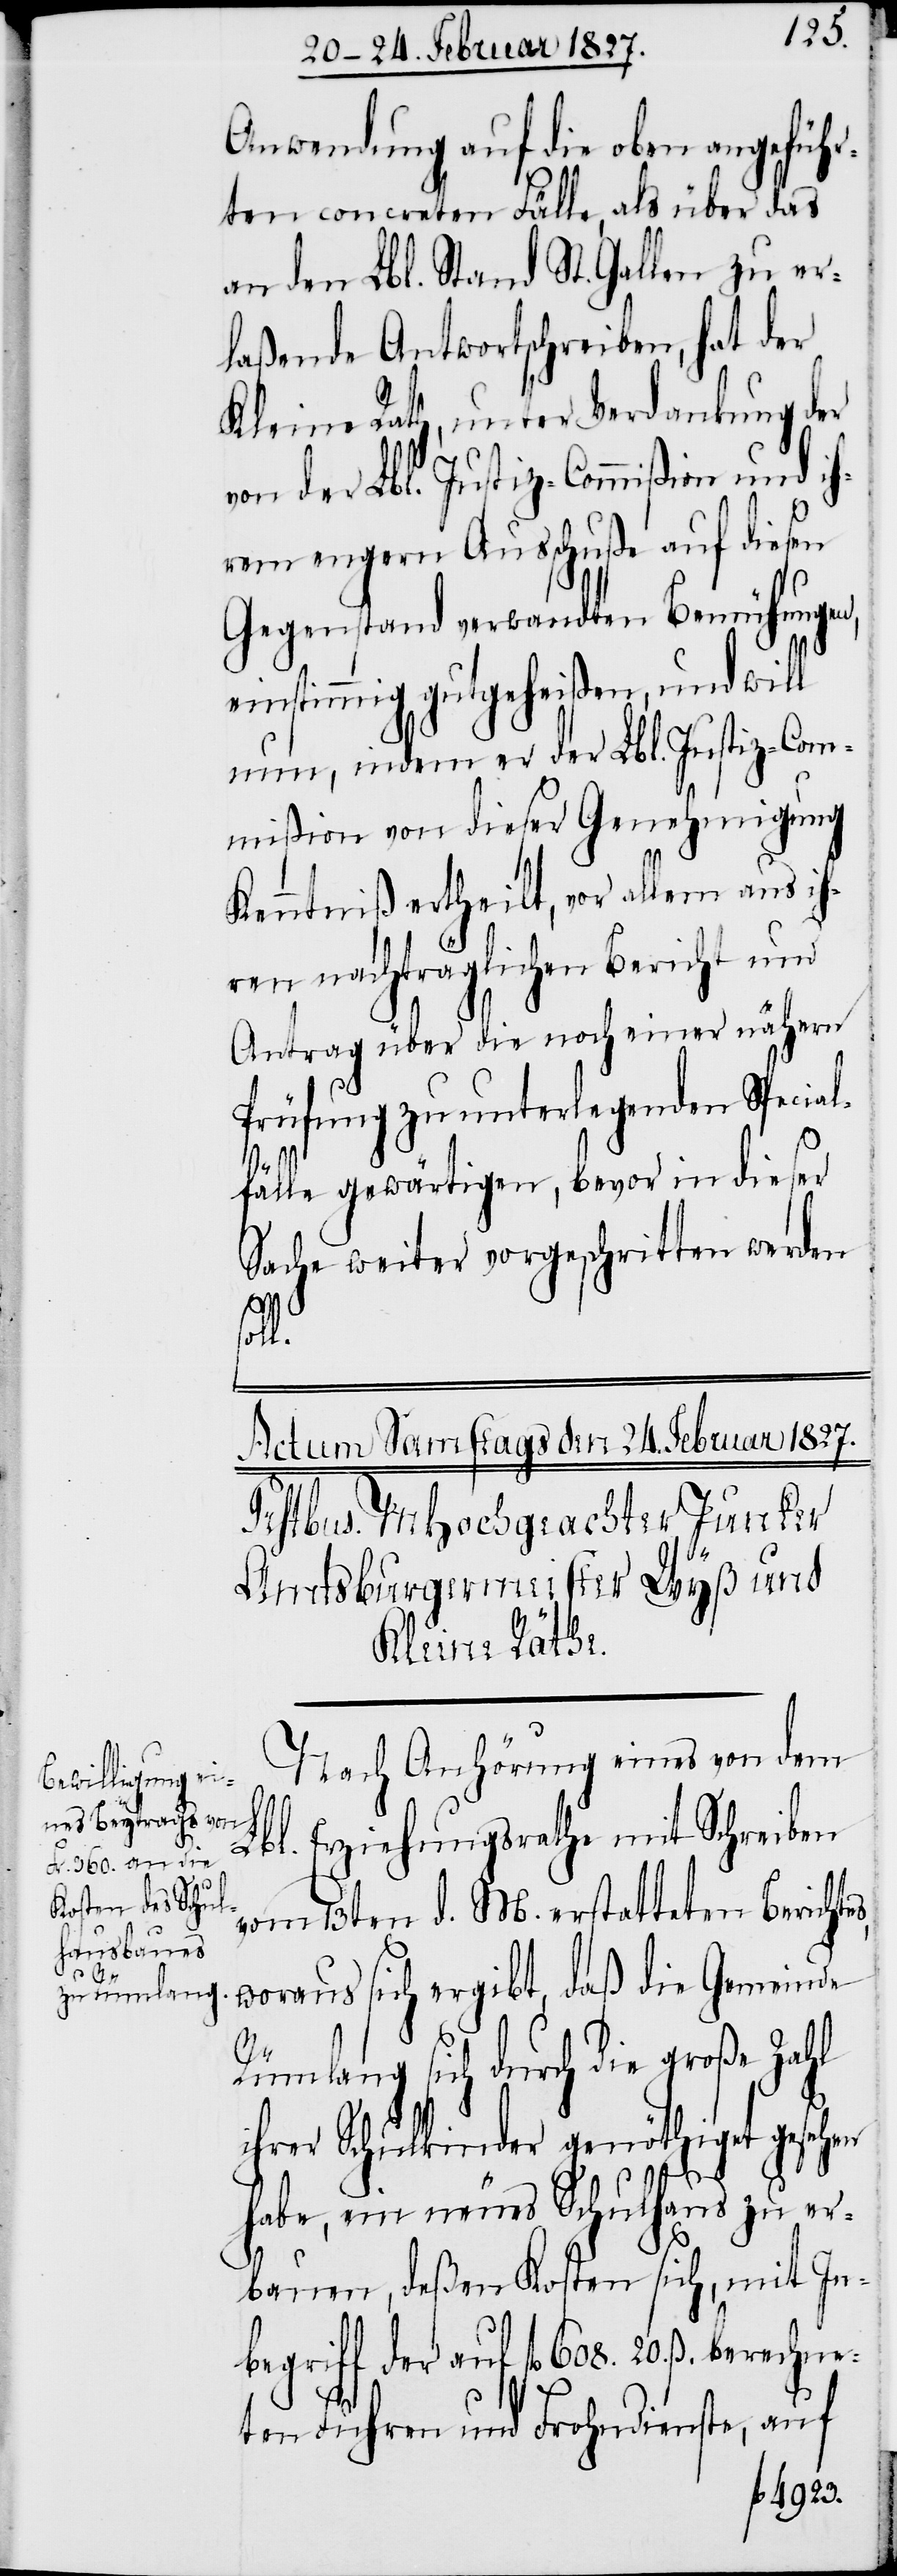
Anwendung auf die oben angeführ¬
ten concreten Fälle, als über das
an den Lbl. Stand St. Gallen zu er¬
laßende Antwortschreiben, hat der
Kleine Rath, unter Verdankung der
von der Lbl. Justiz-Commißion und ih¬
rem engern Ausschuße auf diesen
Gegenstand verwandten Bemühungen,
einstimmig gutgeheißen, und will
nun, indem er der Lbl. Justiz-Com¬
mißion von dieser Genehmigung
Kenntniß ertheilt, vor allem aus ih¬
ren nachträglichen Bericht und
Antrag über die noch einer nähern
Prüfung zu unterlegenden Special¬
fälle gewärtigen, bevor in dieser
Sache weiter vorgeschritten werden
soll.
Nach Anhörung eines von dem
Lbl. Erziehungsrathe mit Schreiben
vom 13ten d. M. erstatteten Berichte¬
woraus sich ergibt, daß die Gemeinde
Rümlang sich durch die große Zahl
ihrer Schulkinder genöthiget gesehen
s,
habe, ein neues Schulhaus zu er¬
bauen, deßen Kosten sich, mit In¬
begriff der auf fl. 608. 20. ß, berechn¬
eten Fuhren und Frohndienste, auf